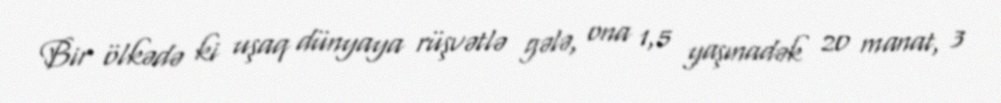
Bir ölkədə ki uşaq dünyaya rüşvətlə gələ, ona 1,5 yaşınadək 20 manat, 3